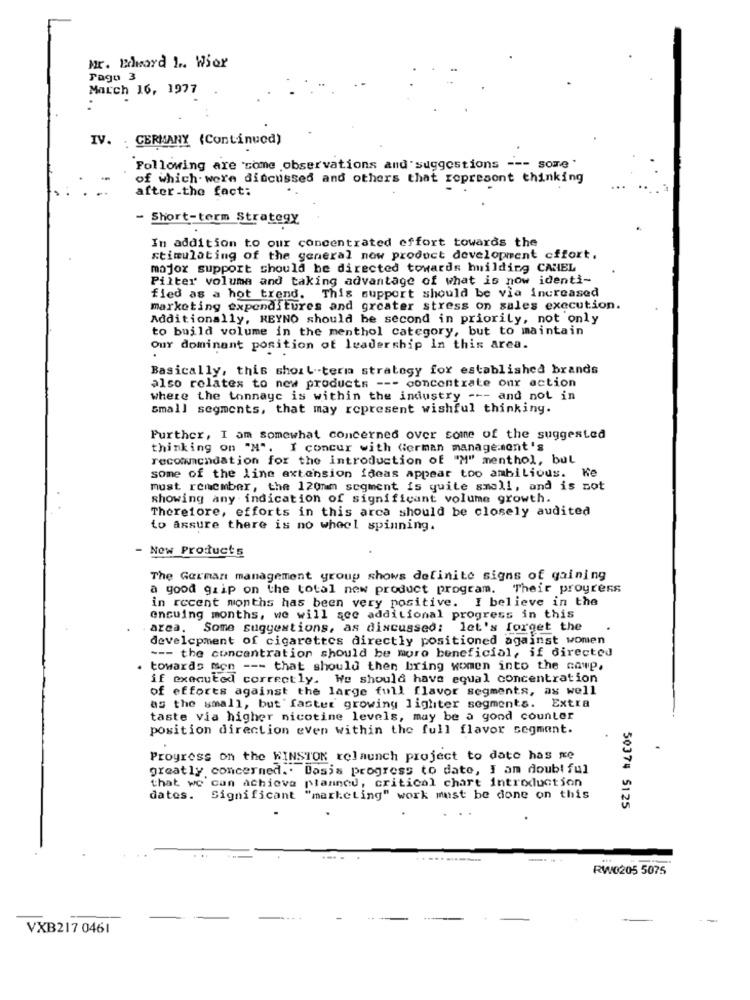
Mr. Edward 1 .. Wior
Pago 3
March 16, 1977
IV. . GERMANY (Continued)
Following are some observations and suggestions --- some"
of which were discussed and others that represent thinking
after-the fact:
- Short-term Strategy
In addition to our concentrated effort towards the
stimulating of the general now product development cifort.
major support should be directed towards building CANEL
Pilter volume and taking advantage of what is now identi-
fied as a hot trend. This support should be via increased
marketing expenditures and greater stress on sales execution.
Additionally, REYNO should be second in priority, not only
to build volume in the menthol category, but to maintain
Our dominant position of leadership In this area.
Basically, this short -term strategy for established brands
also relates to new products --- concentrate onr action
where the tonnayc is within the industry --- and not in
small segments, that may represent wishful thinking.
Further, I am somewhat concerned over some of the suggested
thinking on "N". I concur with German management's
recommendation for the introduction of "M" menthol, bul
some of the line extension ideas appear too ambitious. He
must rencmber, the 120mm segment is quite small, and is not
showing any indication of significant volume growth.
Therefore, efforts in this arca should be closely audited
to assure there is no wheel spinning.
- New Products
The German management group shows definite signs of gaining
a good grip on the total new product program. Their progress
in recent months has been very positive. I believe in the
ensuing months, we will see additional progress in this
area. Some suggestions, as discussed: let's forget the
development of cigarettes directly positioned against women
--- the concentration should be moro beneficial, if directed
. towards mon --- that should then bring women into the cawp,
if executed correctly. We should have equal concentration
of efforts against the large full flavor segments, as well
as the small, but ' faster growing lighter segments. Extra
taste via higher nicotine levels, may be a gond counter
position direction even within the full flavor segmant.
Progress on the WINSTON relaunch project to date has xe
greatly concerned .. Dosis progress to date, I am doubl ful
that we can achieve planned, critical chart introduction
dates. Significant "marketing" work must be done on this
50374 5125
RW0205 5075
VXB217 0461